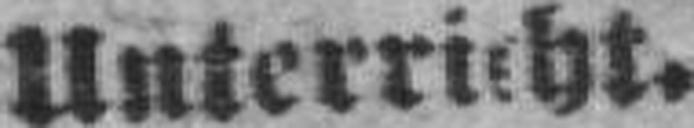
Unterricht.